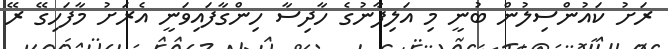
ރަށު ކައުންސިލުން ބުނީ މި އަލިފާނުގެ ހާދިސާ ހިންގާފައިވަނީ އެރަށު މާފަހިގޭ ރޭ